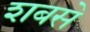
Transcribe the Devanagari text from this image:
शबसे